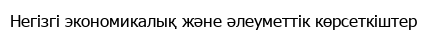
Негізгі экономикалық және әлеуметтік көрсеткіштер